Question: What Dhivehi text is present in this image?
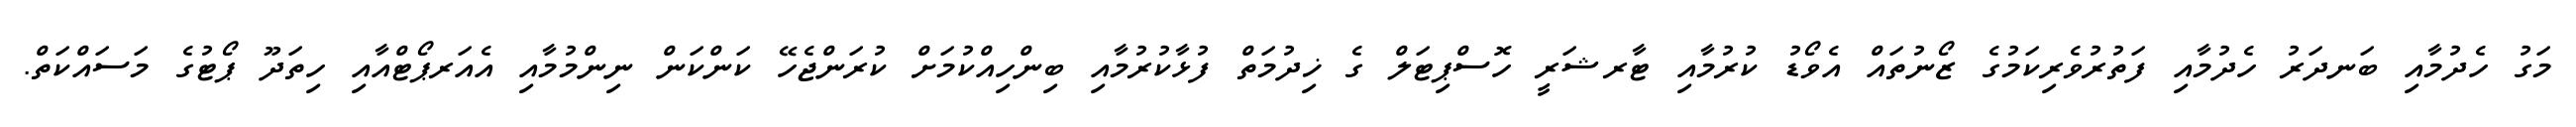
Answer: މަގު ހެދުމާއި ބަނދަރު ހެދުމާއި ފަތުރުވެރިކަމުގެ ޒޯނުތައް އެވޯޑު ކުރުމާއި ޓާރޝަރީ ހޮސްޕިޓަލް ގެ ޚިދުމަތް ފުޅާކުރުމާއި ބިންހިއްކުމަށް ކުރަންޖެހޭ ކަންކަން ނިންމުމާއި އެއަރޕޯޓްއާއި ހިތަދޫ ޕޯޓުގެ މަސައްކަތް.